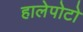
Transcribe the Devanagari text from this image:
हालेपोटो